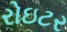
રોઇટર